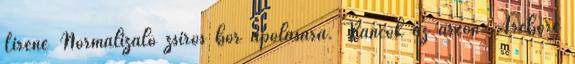
Lirene Normalizáló zsíros bőr ápolására. Ráncok az arcon. Arcbőre